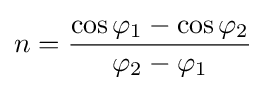
n={\frac {\cos {\varphi _{1}}-\cos {\varphi _{2}}}{\varphi _{2}-\varphi _{1}}}